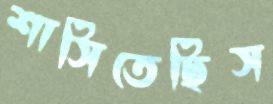
শাসিতেছিস